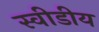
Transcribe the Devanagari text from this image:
स्वीडीय